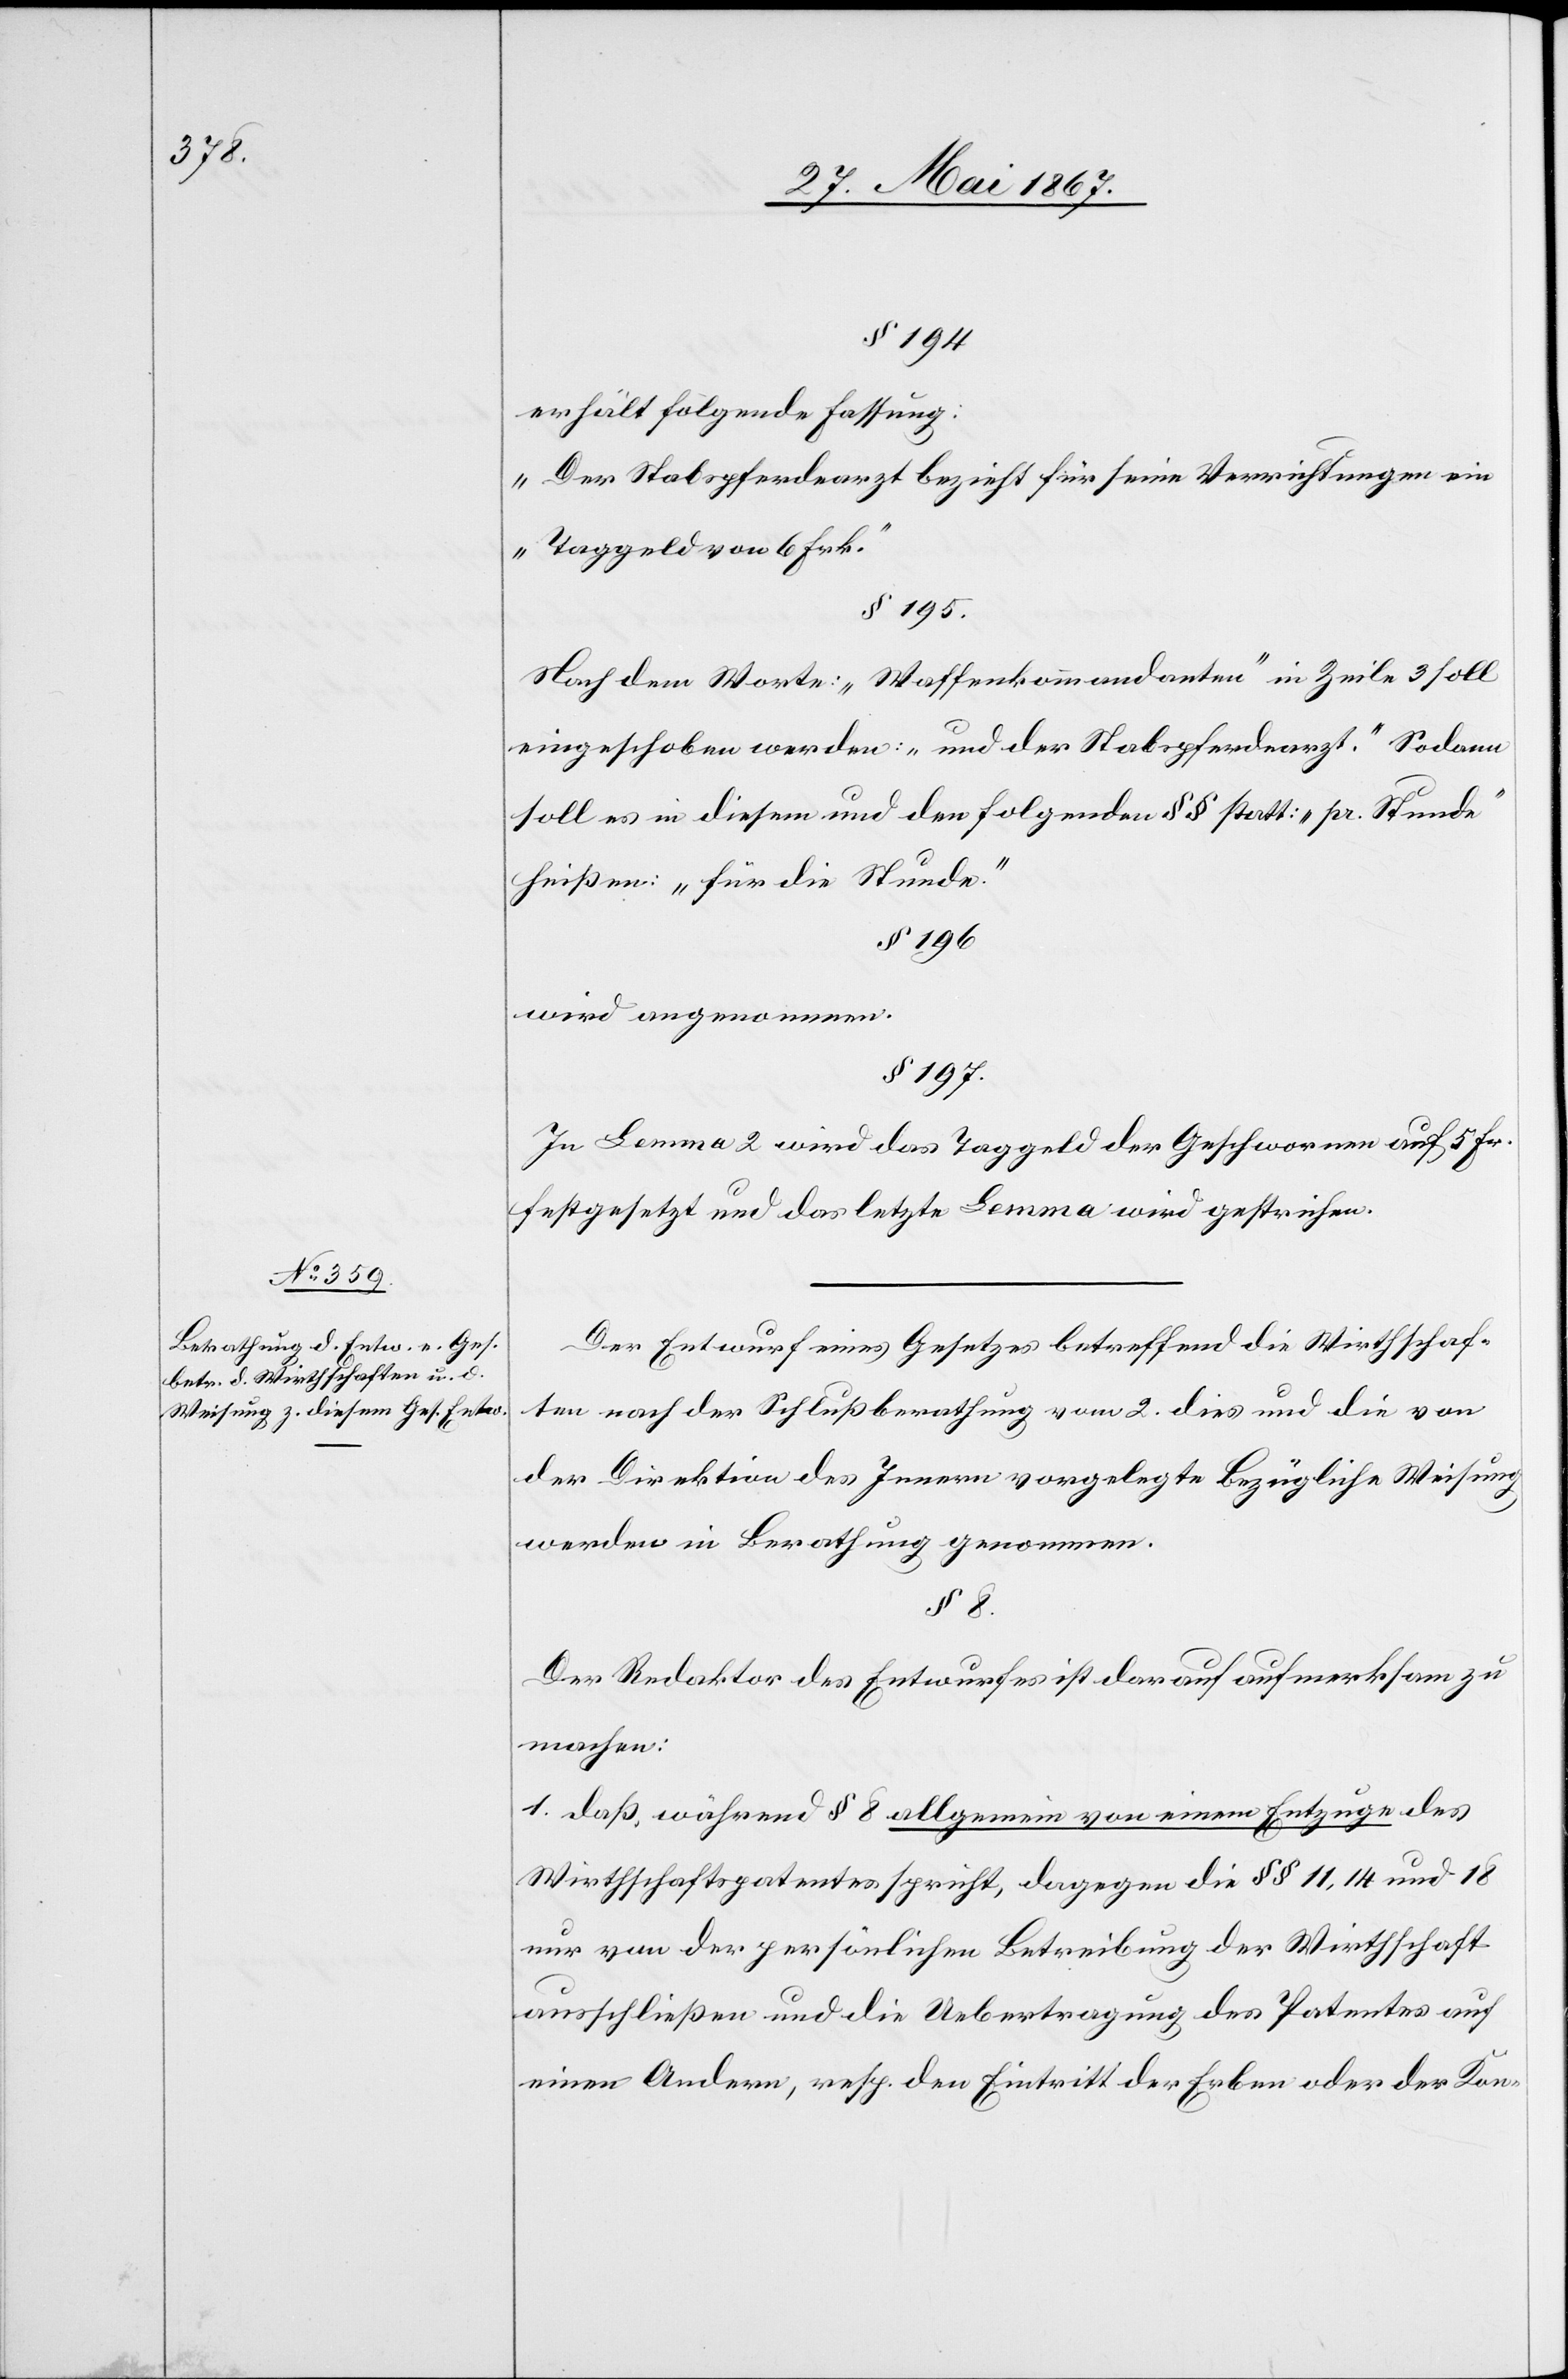
§ 194
erhält folgende Fassung:
„Der Stabspferdarzt bezieht für seine Verrichtungen ein
Taggeld von 6 Frk.“
§ 195.
Nach dem Worte: „Waffenkommandanten“ in Zeile 3 soll
eingeschoben werden: „und der Stabspferdarzt.“ Sodann
soll es in diesem und den folgenden §§ statt: „pr. Stunde“
heißen: „für die Stunde.“
§ 196
wird angenommen.
§ 197.
In Lemma 2 wird das Taggeld der Geschworenen auf 5 Fr.
festgesetzt und das letzte Lemma wird gestrichen.
Der Entwurf eines Gesetzes betreffend die Wirthschaf¬
ten nach der Schlußberathung vom 2. dies und die von
der Direktion des Innern vorgelegte bezügliche Weisung
werden in Berathung genommen.
§ 8.
Der Redaktor des Entwurfes ist darauf aufmerksam zu
machen:
1. daß, während § 8 allgemein von einem Entzuge des
Wirthschaftspatentes spricht, dagegen die §§ 11, 14 und 18
nur von der persönlichen Betreibung der Wirthschaft
ausschließen und die Uebertragung des Patentes auf
einen Andern, resp. den Eintritt der Erben oder der Kon-